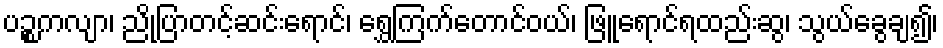
ပဉ္စကလျာ၊ ညိုပြာတင့်ဆင်းရောင်၊ ရွှေကြက်တောင်ဝယ်၊ ဖြူရောင်ရထည်းဆွ၊ သွယ်ခွေချ၍၊